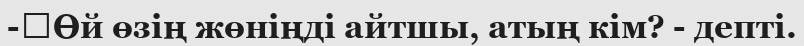
-	Өй өзің жөніңді айтшы, атың кім? - депті.